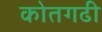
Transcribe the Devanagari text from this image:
कोतगढी